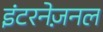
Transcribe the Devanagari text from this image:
इंटरनेज़नल